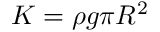
K = \rho g \pi R ^ { 2 }